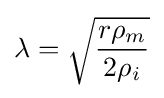
\lambda ={\sqrt {\frac {r\rho _{m}}{2\rho _{i}}}}